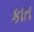
કાત